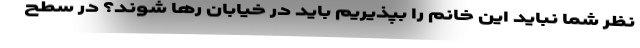
نظر شما نباید این خانم را بپذیریم باید در خیابان رها شوند؟ در سطح